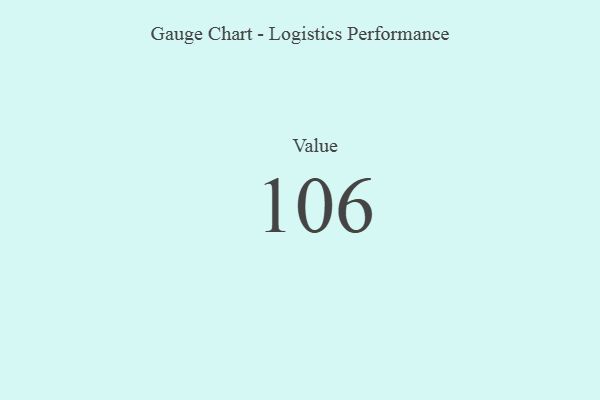
{"axis": {"x": "Metric", "y": "Value"}, "legend": [""], "data": [{"x": "Value", "y": 106, "type": ""}]}